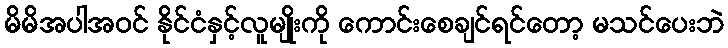
မိမိအပါအဝင် နိုင်ငံနှင့်လူမျိုးကို ကောင်းစေချင်ရင်တော့ မသင်ပေးဘဲ